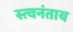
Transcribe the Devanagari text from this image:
स्त्वनंताय